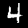
Digit: 4